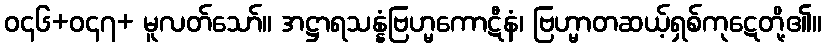
ဝ၄၆+ဝ၄၇+ မူလတ်သော်။ အဋ္ဌာရသန္နံဗြဟ္မကောဋီနံ၊ ဗြဟ္မာတဆယ့်ရှစ်ကုဋေတို့၏။